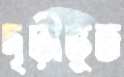
দৃঢ়ীভূত